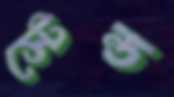
স্টেন্ড